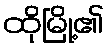
ထိုမြို့၏